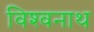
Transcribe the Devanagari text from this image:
विश्‍वनाथ्‍ा